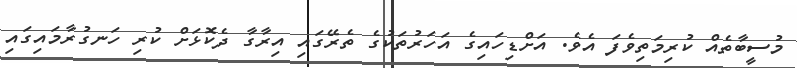
މުސީބާތެއް ކުރިމަތިވެފަ އެވެ. އަށްޑިހައިގެ އަހަރުތަކުގެ ތެރޭގައި އިރާގާ ދެކޮޅަށް ކުރި ހަނގުރާމައިގައި